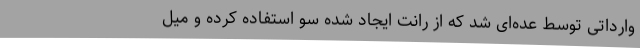
وارداتی توسط عده‌ای شد که از رانت ایجاد شده سو استفاده کرده و میل